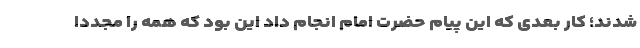
شدند؛ کار بعدی که این پیام حضرت امام انجام داد این بود که همه را مجددا